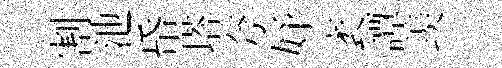
割池帋塔夸妤袤譚羡